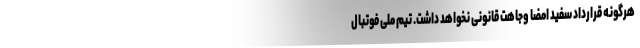
هرگونه قرارداد سفید امضا وجاهت قانونی نخواهد داشت. تیم ملی فوتبال